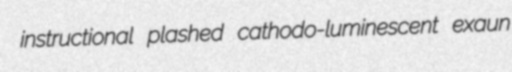
instructional plashed cathodo-luminescent exaun